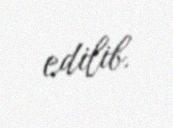
edilib.